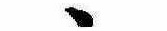
ゝ